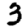
Digit: 3